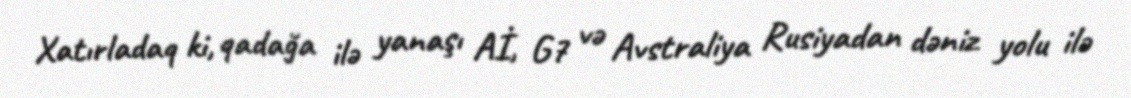
Xatırladaq ki, qadağa ilə yanaşı Aİ, G7 və Avstraliya Rusiyadan dəniz yolu ilə